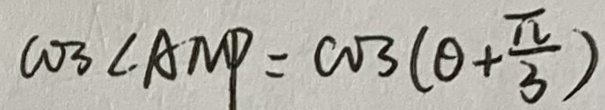
\cos \angle A M P = \cos 3 ( \theta + \frac { \pi } { 3 } )